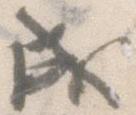
成